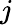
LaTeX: j